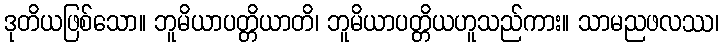
ဒုတိယဖြစ်သော။ ဘူမိယာပတ္တိယာတိ၊ ဘူမိယာပတ္တိယဟူသည်ကား။ သာမညဖလဿ၊